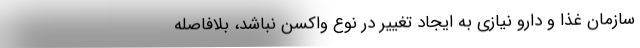
سازمان غذا و دارو نیازی به ایجاد تغییر در نوع واکسن نباشد، بلافاصله